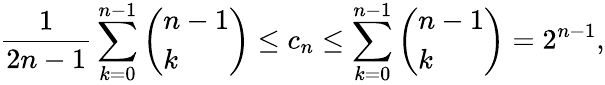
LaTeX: \frac 1{2n-1}\sum_{k=0}^{n-1}\left(\begin{array}{l}{n-1}\\ {k}\end{array}\right)\le c_{n}\le\sum_{k=0}^{n-1}\left(\begin{array}{l}{n-1}\\ {k}\end{array}\right)=2^{n-1},